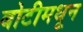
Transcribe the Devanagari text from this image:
बोटीमधून